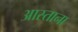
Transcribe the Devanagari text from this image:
आस्ताना